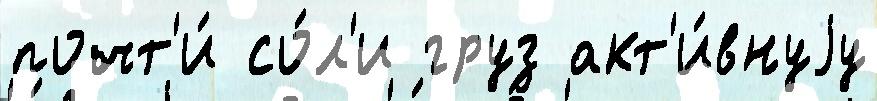
почт'и́ со́л'и груз акт'и́внуjу